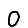
Digit: 0